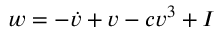
w = - \dot { v } + v - c v ^ { 3 } + I